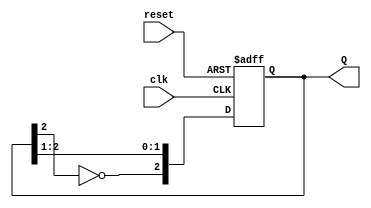
module JohnsonCounter #(parameter N = 3) (
    input wire clk,          // Clock input
    input wire reset,        // Asynchronous reset
    output reg [N-1:0] Q     // Counter output
);

    // Sequential logic for the Johnson counter
    always @(posedge clk or posedge reset) begin
        if (reset) begin
            Q <= {N{1'b0}};  // Initialize all flip-flops to 0
        end else begin
            Q <= {~Q[N-1], Q[N-1:1]}; // Shift and invert the last bit
        end
    end

endmodule